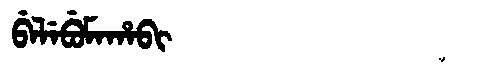
Manchu: ᠪᡝᠯᡝᠪᡠᠮᠠᡥᠠᠪᡳ
Romanization: BELEBUMAHABI